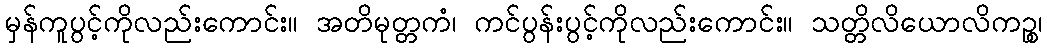
မှန်ကူပွင့်ကိုလည်းကောင်း။ အတိမုတ္တကံ၊ ကင်ပွန်းပွင့်ကိုလည်းကောင်း။ သတ္တိလိယောလိကဉ္စ၊